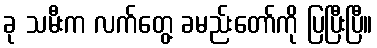
ခု သမီးက လက်တွေ့ ခမည်းတော်ကို ပြပြီးပြီ။